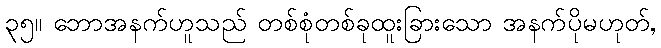
၃၅။ ဘောအနက်ဟူသည် တစ်စုံတစ်ခုထူးခြားသော အနက်ပိုမဟုတ်,